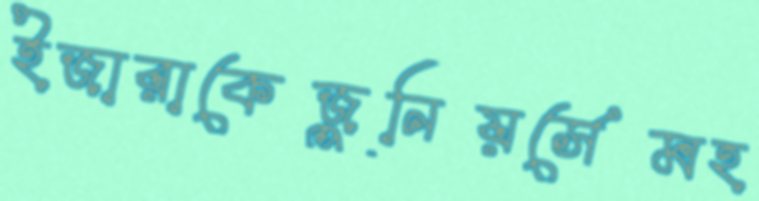
ইজারাকেজুনিয়র্সেমহ